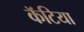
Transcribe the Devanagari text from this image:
कॅटिया